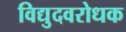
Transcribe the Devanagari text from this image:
विद्युदवरोधक